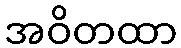
အဝိတထာ